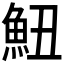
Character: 𱆧